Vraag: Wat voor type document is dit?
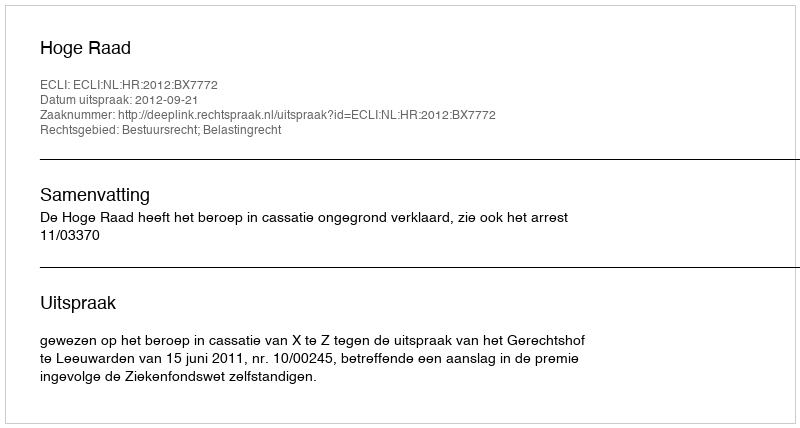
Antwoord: Uitspraak